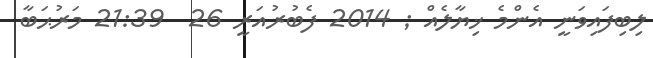
ލިބިފައިވަނީ އެންމެ ޚިޔާލެއް ; 2014 ފެބުރުއަރީ 26  21:39 މަރުޙަބާ